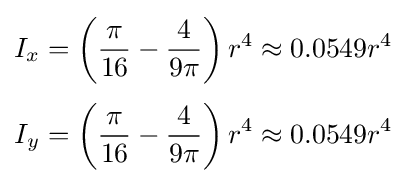
{\begin{aligned}I_{x}&=\left({\frac {\pi }{16}}-{\frac {4}{9\pi }}\right)r^{4}\approx 0.0549r^{4}\\[3pt]I_{y}&=\left({\frac {\pi }{16}}-{\frac {4}{9\pi }}\right)r^{4}\approx 0.0549r^{4}\end{aligned}}